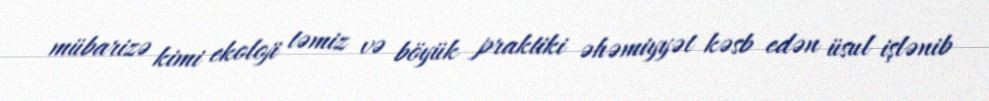
mübarizə kimi ekoloji təmiz və böyük praktiki əhəmiyyət kəsb edən üsul işlənib